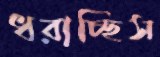
ধরাচ্ছিস